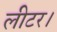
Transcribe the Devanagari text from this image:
लीटर।